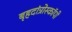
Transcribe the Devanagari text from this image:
बृहदांत्रोस्कॉपी